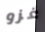
غزو